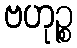
ဗဟုဉ္စ